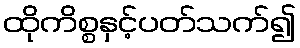
ထိုကိစ္စနှင့်ပတ်သက်၍